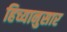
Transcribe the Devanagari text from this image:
हिच्यानुसार